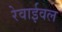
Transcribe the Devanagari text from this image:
रेवाईवल